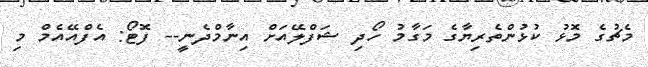
މެޗުގެ މޮޅު ކުޅުންތެރިޔާގެ މަގާމު ހޯދި ޝަފްލޭއަށް އިނާމްދެނީ-- ފޮޓޯ: އެފްއޭއެމް މި